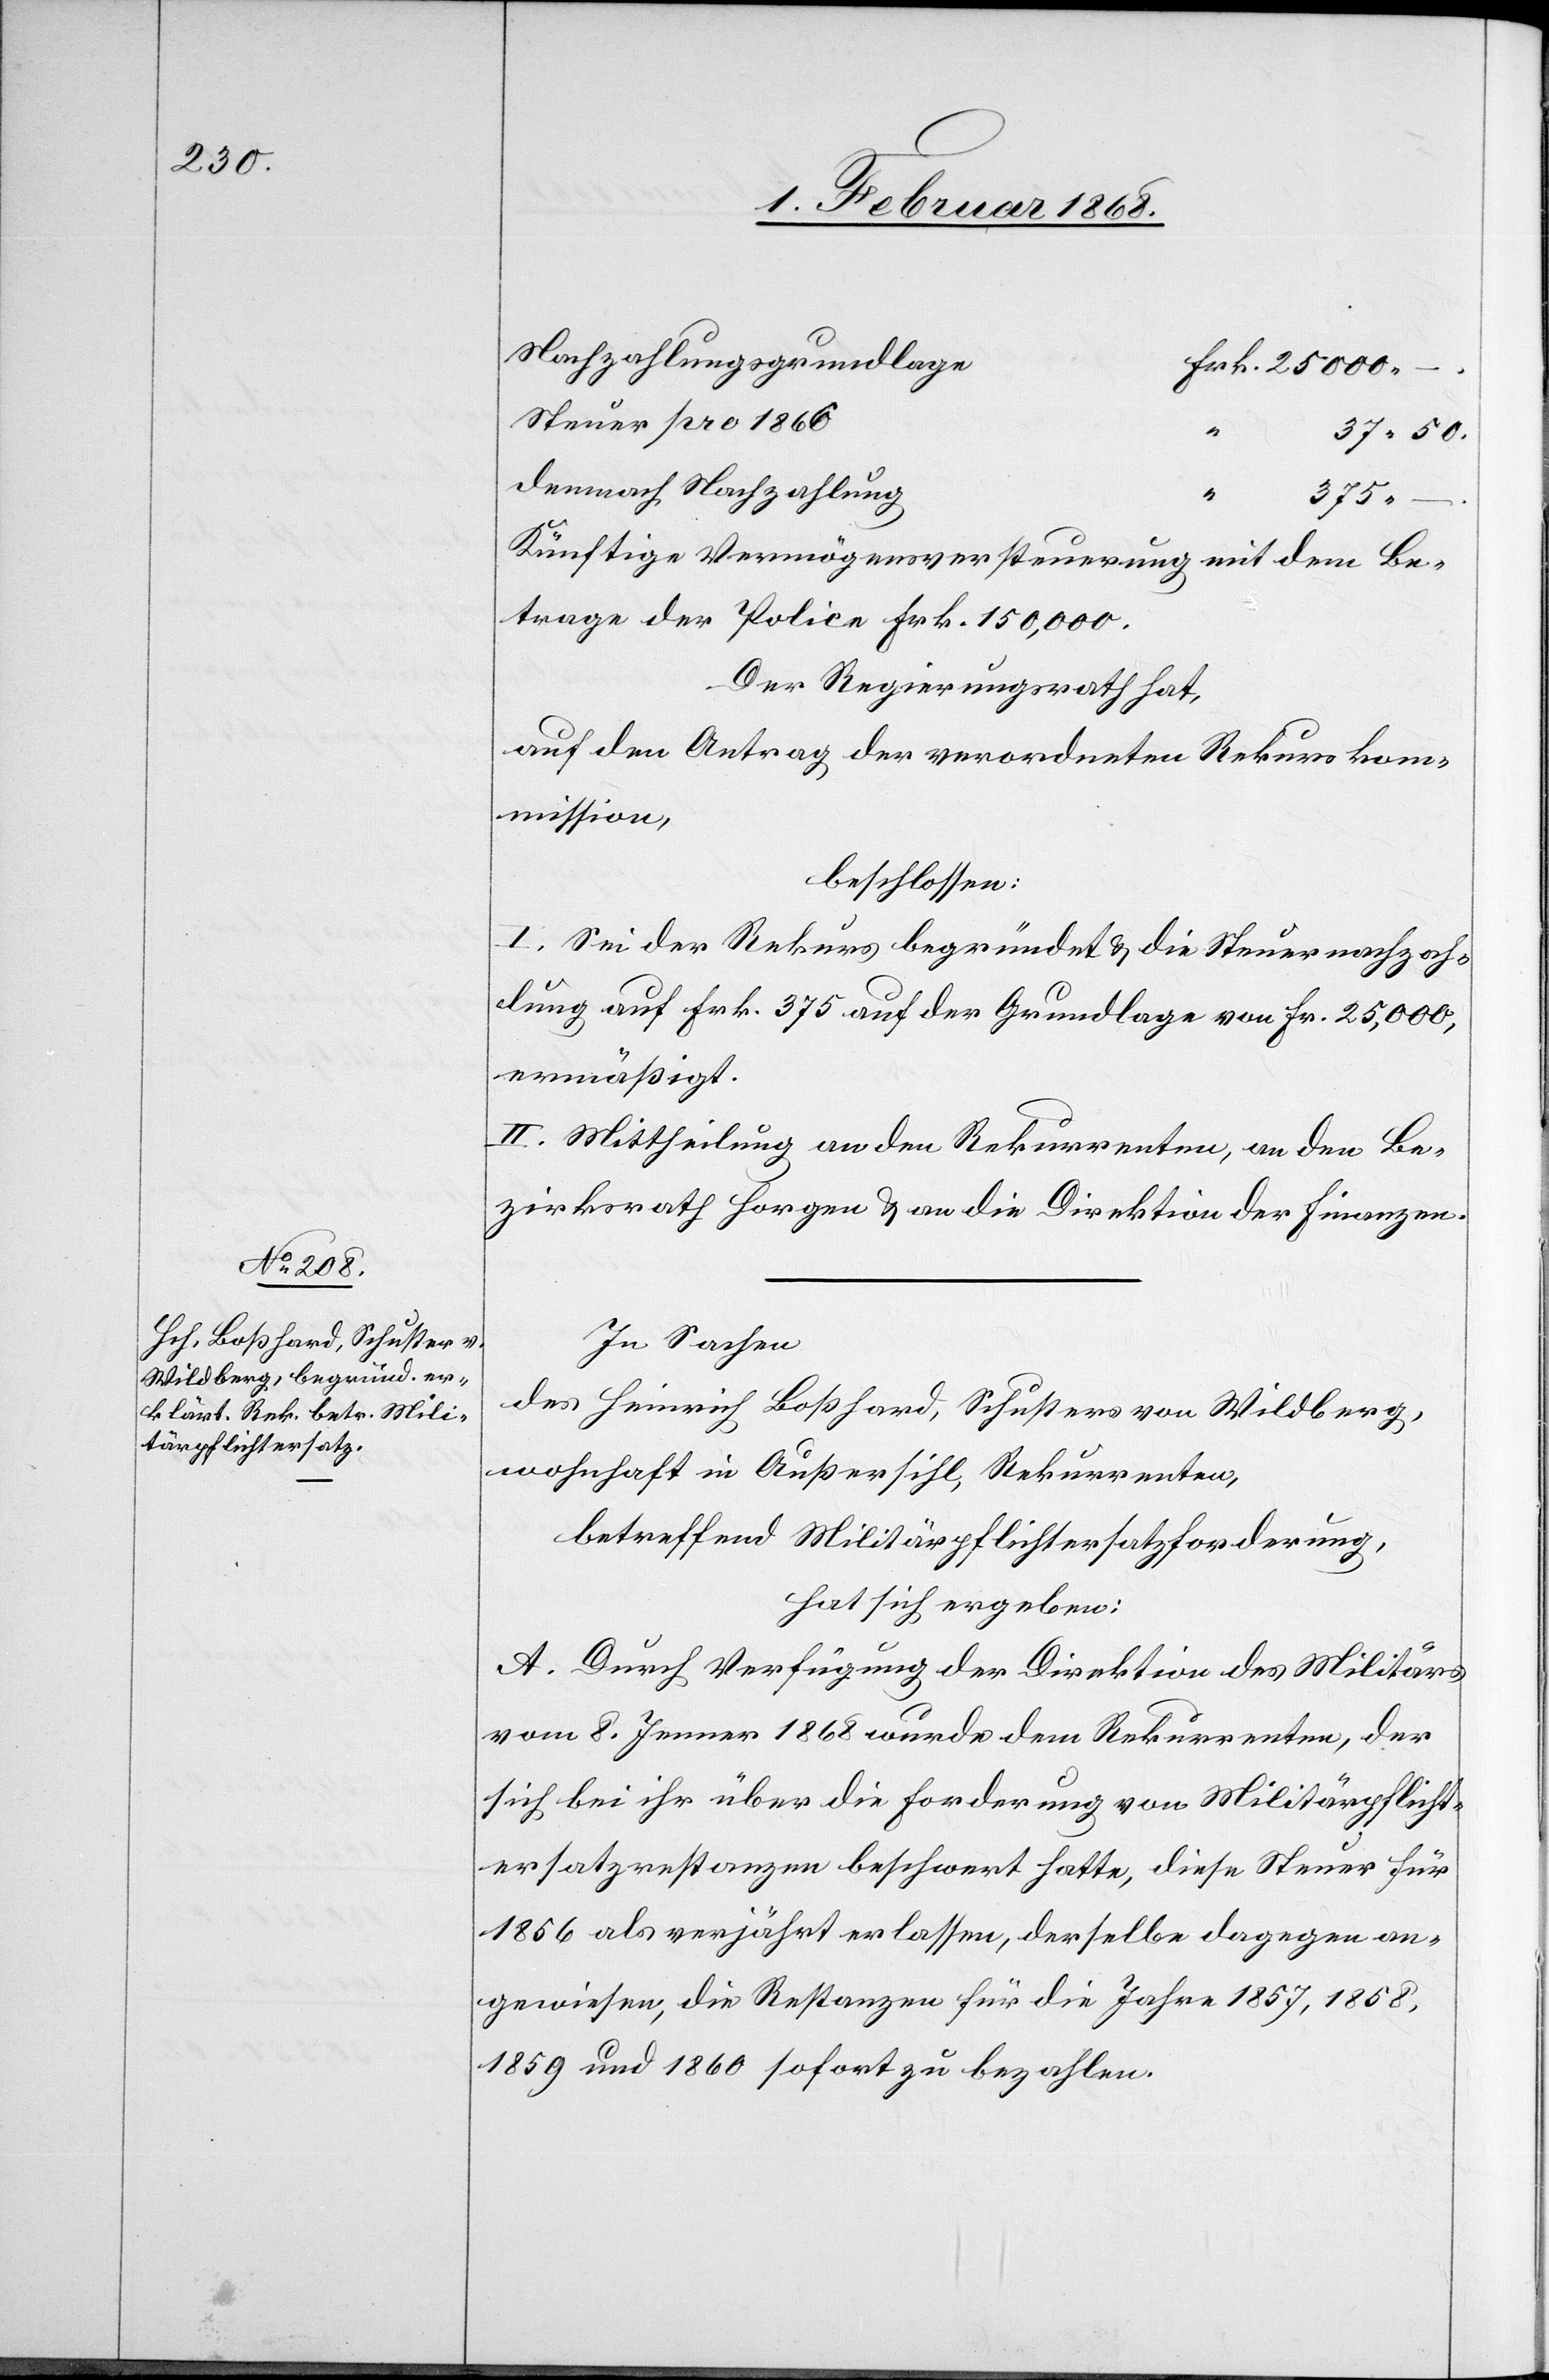
Nachzahlungsgrundlage
Frk. 25 000.
Steuer pro 1866
37. 50.
demnach Nachzahlung
375.
Künftige Vermögensversteuerung mit dem Be¬
trage der Police Frk. 150,000.
Der Regierungsrath hat,
auf den Antrag der verordneten Rekurskom¬
mission,
beschlossen:
I. Sei der Rekurs begründet & die Steuernachzah¬
lung auf Frk. 375 auf der Grundlage von Fr. 25,000,
ermäßigt.
II. Mittheilung an den Rekurrenten, an den Be¬
zirksrath Horgen & an die Direktion der Finanzen.
In Sachen
des Heinrich Boßhard, Schusters von Wildberg,
wohnhaft in Außersihl, Rekurrenten,
betreffend Militärpflichtersatzforderung,
hat sich ergeben:
A. Durch Verfügung der Direktion des Militärs
vom 8. Jenner 1868 wurde dem Rekurrenten, der
sich bei ihr über die Forderung von Militärpflicht¬
ersatzrestanzen beschwert hatte, diese Steuer für
1856 als verjährt erlassen, derselbe dagegen an¬
gewiesen, die Restanzen für die Jahre 1857, 1858,
1859 und 1860 sofort zu bezahlen.